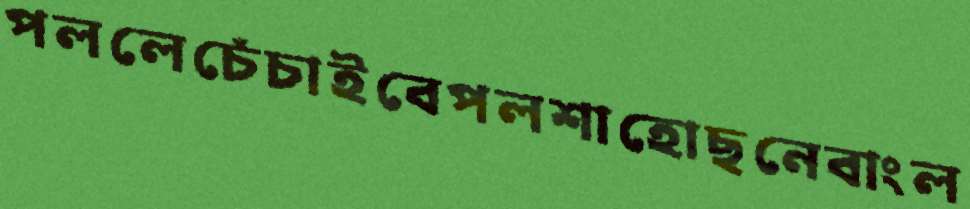
পললেচেঁচাইবেপলশাহোছনেবাংল